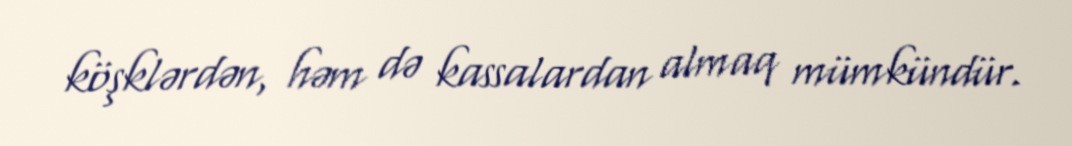
köşklərdən, həm də kassalardan almaq mümkündür.